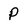
Character: P